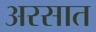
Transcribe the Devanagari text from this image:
अरसात